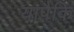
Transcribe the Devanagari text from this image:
यापैकि